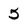
Character: 5